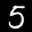
Label: 5